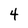
Character: 4